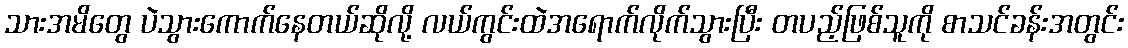
သားအမိတွေ ပဲသွားကောက်နေတယ်ဆိုလို့ လယ်ကွင်းထဲအရောက်လိုက်သွားပြီး တပည့်ဖြစ်သူကို စာသင်ခန်းအတွင်း